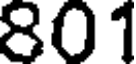
801